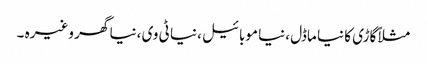
مثلاً گاڑی کا نیا ماڈل ،نیا موبائیل ،نیا ٹی وی ،نیا گھر وغیرہ ۔